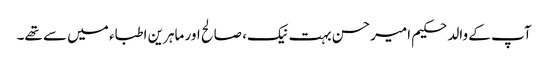
آپ کے والد حکیم امیرحسن بہت نیک، صالح اور ماہرین اطباء میں سے تھے۔